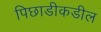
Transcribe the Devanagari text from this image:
पिछाडीकडील